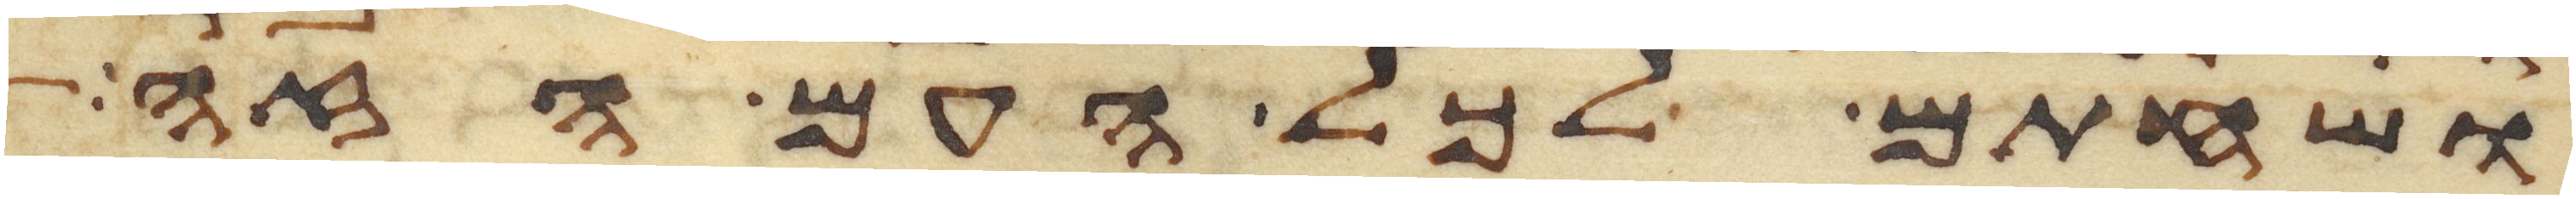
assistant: ושחתם לכל העם הזה